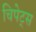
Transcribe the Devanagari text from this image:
चिपेट्स